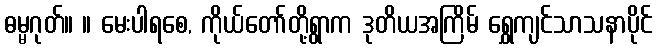
ဓမ္မဂုတ်။ ။ မေးပါရစေ, ကိုယ်တော်တို့ရွာက ဒုတိယအကြိမ် ရွှေကျင်သာသနာပိုင်